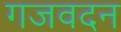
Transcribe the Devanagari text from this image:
गजवदन